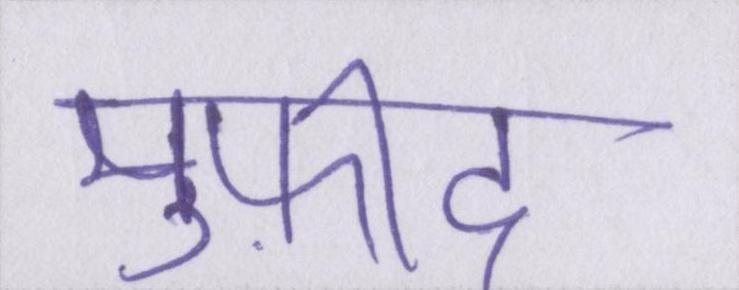
मुफ़ीद